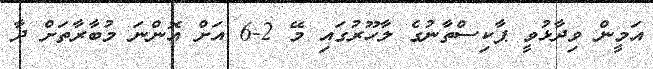
އަމީން ވިދާޅުވީ ޕާކިސްތާނުގެ ލާހޫރުގައި މޭ 2-6 އަށް އޮންނަ މުބާރާތަށް ދާ